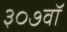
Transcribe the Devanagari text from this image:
३०७वॉ